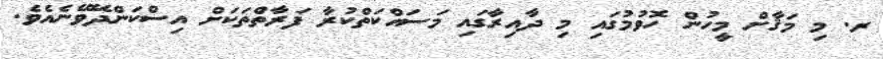
ރ. މި މަޤާށް މީހުން ހޮވުމުގައި މި ދާއިރާގައި މަސައްކަތްކުރާ ފަރާތްތަކަށް އިސްކަންދޭވޭނެއެވެ.